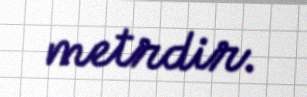
metrdir.